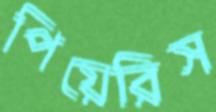
পিয়েরিস